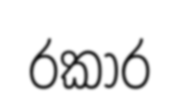
රකාර